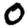
Digit: 0